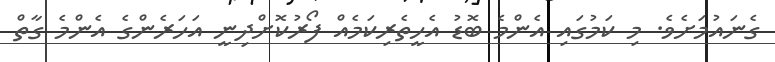
ގެނައުމަށެވެ. މި ކަމުގައި އެންމެ ބޮޑު އެހީތެރިކަމެއް ފޯރުކޮށްދިނީ އަހަރެންގެ އެންމެ ގާތް